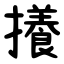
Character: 攁